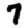
Digit: 7